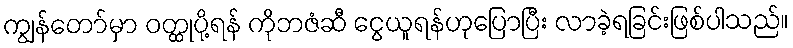
ကျွန်တော်မှာ ဝတ္ထုပို့ရန် ကိုဘဇံဆီ ငွေယူရန်ဟုပြောပြီး လာခဲ့ရခြင်းဖြစ်ပါသည်။